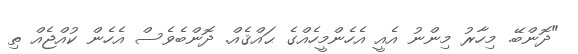
"ދޮންބޭ. މިހާރު މިންނު އެއީ އެހެންމީހެއްގެ ޙައްޤެއް. ދޮންބެވެސް އެހެން ކުއްޖެއް ތި